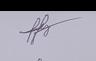
Signature authenticity: genuine